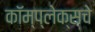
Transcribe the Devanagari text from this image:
कॉम्प्लेक्सचे